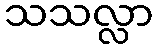
သသလ္လာ